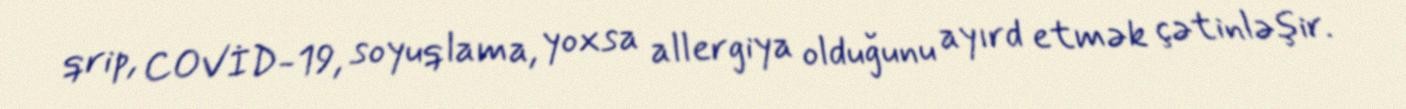
qrip, COVİD-19, soyuqlama, yoxsa allergiya olduğunu ayırd etmək çətinləşir.